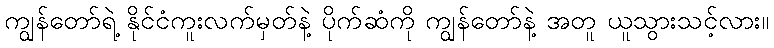
ကျွန်တော်ရဲ့ နိုင်ငံကူးလက်မှတ်နဲ့ ပိုက်ဆံကို ကျွန်တော်နဲ့ အတူ ယူသွားသင့်လား။